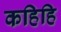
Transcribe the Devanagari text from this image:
कहिहि